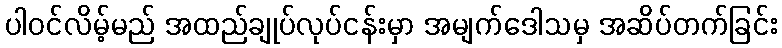
ပါဝင်လိမ့်မည် အထည်ချုပ်လုပ်ငန်းမှာ အမျက်ဒေါသမှ အဆိပ်တက်ခြင်း